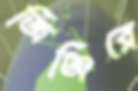
জিঞ্জিরে